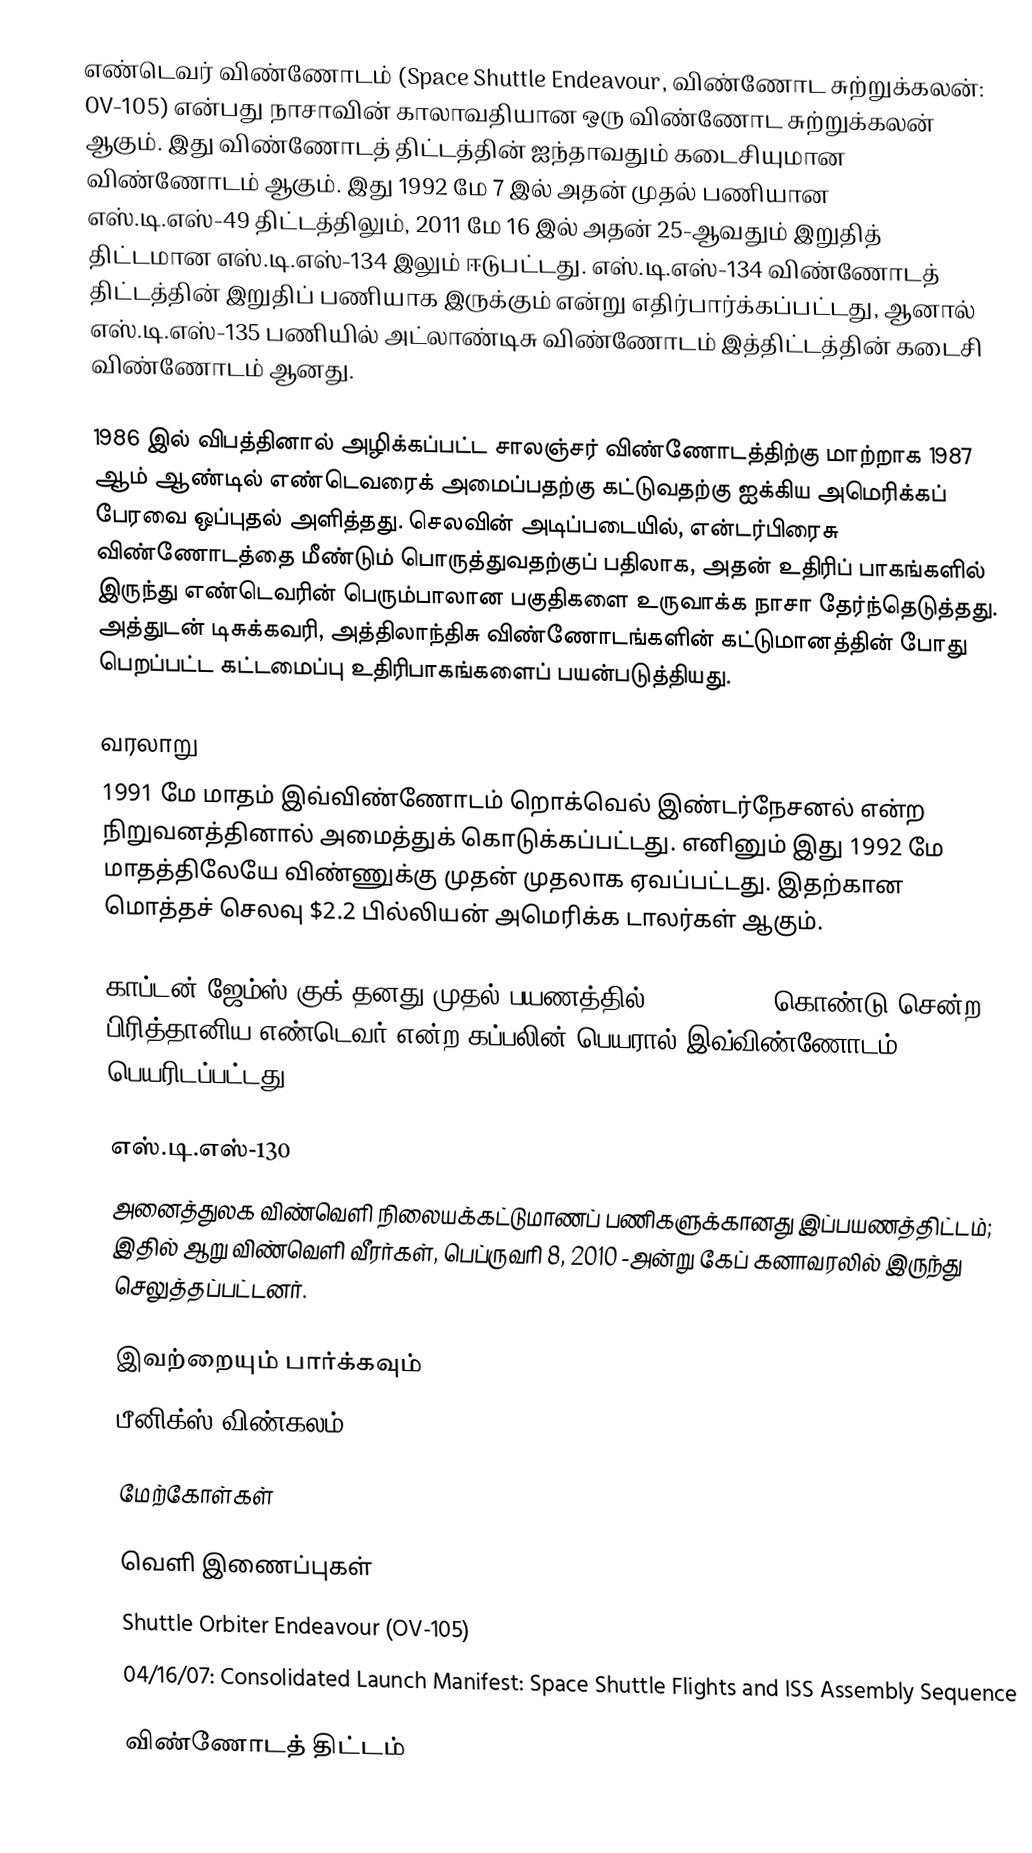
எண்டெவர் விண்ணோடம் (Space Shuttle Endeavour, விண்ணோட சுற்றுக்கலன்: OV-105) என்பது நாசாவின் காலாவதியான ஒரு விண்ணோட சுற்றுக்கலன் ஆகும். இது விண்ணோடத் திட்டத்தின் ஐந்தாவதும் கடைசியுமான விண்ணோடம் ஆகும். இது 1992 மே 7 இல் அதன் முதல் பணியான எஸ்.டி.எஸ்-49 திட்டத்திலும், 2011 மே 16 இல் அதன் 25-ஆவதும் இறுதித் திட்டமான எஸ்.டி.எஸ்-134 இலும் ஈடுபட்டது. எஸ்.டி.எஸ்-134 விண்ணோடத் திட்டத்தின் இறுதிப் பணியாக இருக்கும் என்று எதிர்பார்க்கப்பட்டது, ஆனால் எஸ்.டி.எஸ்-135 பணியில் அட்லாண்டிசு விண்ணோடம் இத்திட்டத்தின் கடைசி விண்ணோடம் ஆனது.

1986 இல் விபத்தினால் அழிக்கப்பட்ட சாலஞ்சர் விண்ணோடத்திற்கு மாற்றாக 1987 ஆம் ஆண்டில் எண்டெவரைக் அமைப்பதற்கு கட்டுவதற்கு ஐக்கிய அமெரிக்கப் பேரவை ஒப்புதல் அளித்தது. செலவின் அடிப்படையில், என்டர்பிரைசு விண்ணோடத்தை மீண்டும் பொருத்துவதற்குப் பதிலாக, அதன் உதிரிப் பாகங்களில் இருந்து எண்டெவரின் பெரும்பாலான பகுதிகளை உருவாக்க நாசா தேர்ந்தெடுத்தது. அத்துடன் டிசுக்கவரி, அத்திலாந்திசு விண்ணோடங்களின் கட்டுமானத்தின் போது பெறப்பட்ட கட்டமைப்பு உதிரிபாகங்களைப் பயன்படுத்தியது.

வரலாறு
1991 மே மாதம் இவ்விண்ணோடம் றொக்வெல் இண்டர்நேசனல் என்ற நிறுவனத்தினால் அமைத்துக் கொடுக்கப்பட்டது. எனினும் இது 1992 மே மாதத்திலேயே விண்ணுக்கு முதன் முதலாக ஏவப்பட்டது. இதற்கான மொத்தச் செலவு $2.2 பில்லியன் அமெரிக்க டாலர்கள் ஆகும்.

காப்டன் ஜேம்ஸ் குக் தனது முதல் பயணத்தில் (1768–1771) கொண்டு சென்ற பிரித்தானிய எண்டெவர் என்ற கப்பலின் பெயரால் இவ்விண்ணோடம் பெயரிடப்பட்டது.

எஸ்.டி.எஸ்-130
அனைத்துலக விண்வெளி நிலையக்கட்டுமாணப் பணிகளுக்கானது இப்பயணத்திட்டம்; இதில் ஆறு விண்வெளி வீரர்கள், பெப்ருவரி 8, 2010 -அன்று கேப் கனாவரலில் இருந்து செலுத்தப்பட்டனர்.

இவற்றையும் பார்க்கவும்
 பீனிக்ஸ் விண்கலம்

மேற்கோள்கள்

வெளி இணைப்புகள்
 Shuttle Orbiter Endeavour (OV-105)
 04/16/07: Consolidated Launch Manifest: Space Shuttle Flights and ISS Assembly Sequence

விண்ணோடத் திட்டம்